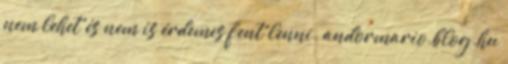
nem lehet és nem is érdemes fent lenni. andormario.blog.hu